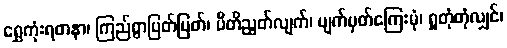
ရွှေကုံးရတနာ၊ ကြည်စွာပြတ်ပြတ်၊ ပီတိညွတ်လျက်၊ မျက်မှတ်ကြေးမုံ၊ ရှုတုံတုံလျှင်၊